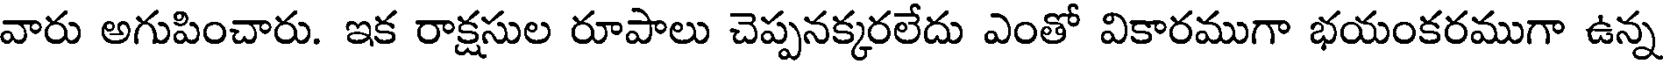
వారు అగుపించారు. ఇక రాక్షసుల రూపాలు చెప్పనక్కరలేదు ఎంతో వికారముగా భయంకరముగా ఉన్న